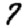
Digit: 7